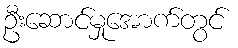
ဦးဆောင်မှုအောက်တွင်